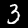
Label: 3